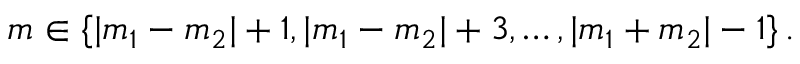
m \in \{ | m _ { 1 } - m _ { 2 } | + 1 , | m _ { 1 } - m _ { 2 } | + 3 , \ldots , | m _ { 1 } + m _ { 2 } | - 1 \} \, .